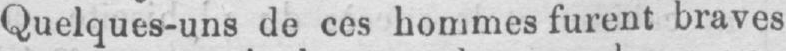
Quelques-uns de ces hommes furent braves